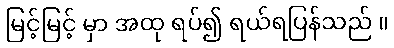
မြင့်မြင့် မှာ အထု ရပ်၍ ရယ်ရပြန်သည် ။